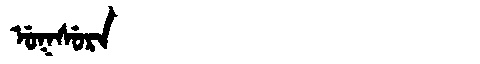
Manchu: ᡠᡴᠰᡠᡵᠠ
Romanization: UKSURA